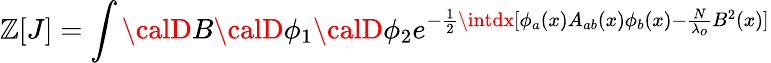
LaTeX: \mathbb{Z}[J]=\int{\calD}B{\calD}\phi_{1}{\calD}\phi_{2}e^{-\frac{{1}}{{2}}\intdx[\phi_{a}(x)A_{ab}(x)\phi_{b}(x)-\frac{{N}}{{\lambda_{o}}}B^{2}(x)]}